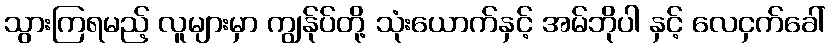
သွားကြရမည့် လူများမှာ ကျွန်ုပ်တို့ သုံးယောက်နှင့် အမ်ဘိုပါ နှင့် လေငှက်ခေါ်